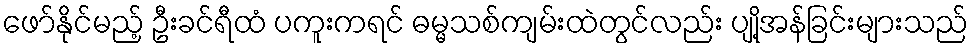
ဖော်နိုင်မည့် ဦးခင်ရီထံ ပကူးကရင် ဓမ္မသစ်ကျမ်းထဲတွင်လည်း ပျို့အန်ခြင်းများသည်